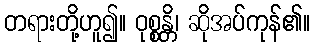
တရားတို့ဟူ၍။ ဝုစ္စန္တိ၊ ဆိုအပ်ကုန်၏။